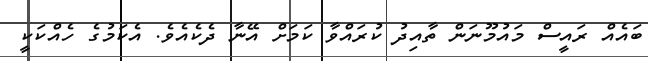
ބައެއް ރައީސް މައުމޫނަން ތާއިދު ކުރައްވާ ކަމަށް އޭނާ ދެކެއެވެ. އެކަމުގެ ހެއްކަކީ